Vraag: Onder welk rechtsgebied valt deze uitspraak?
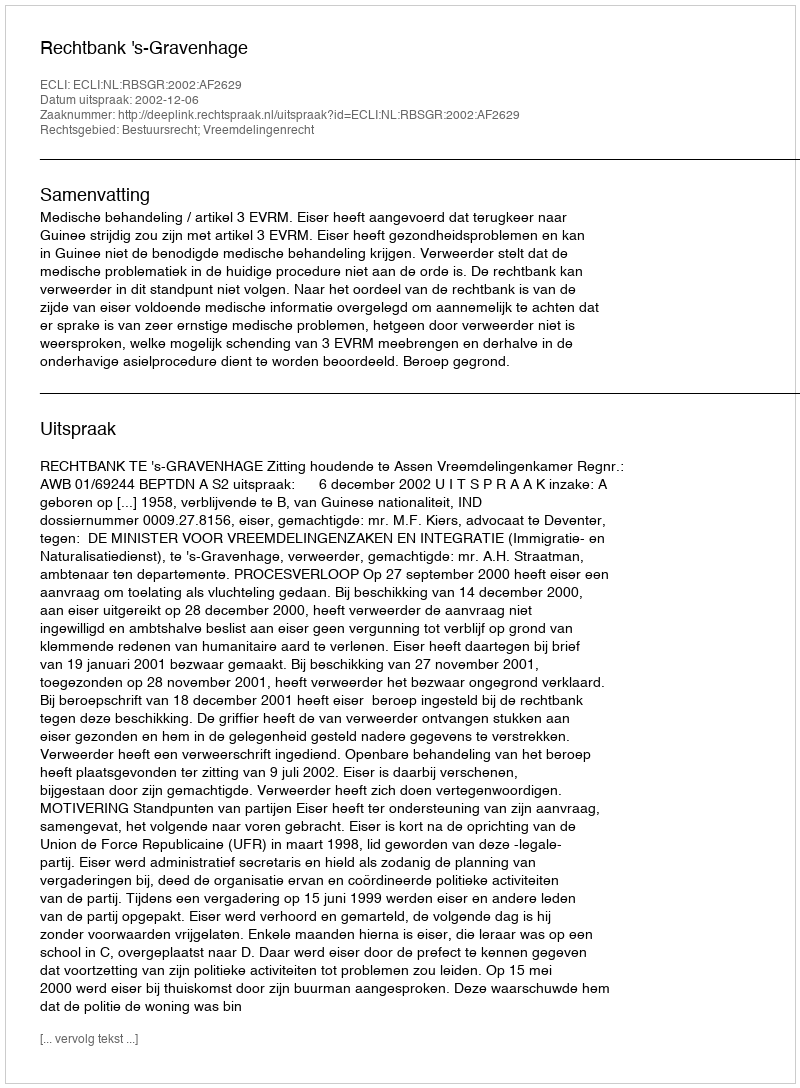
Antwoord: Bestuursrecht; Vreemdelingenrecht